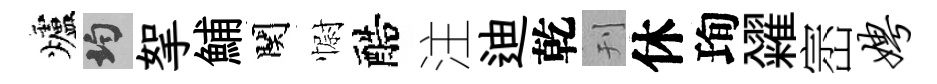
爐均挐鯆関𢠢醅注迪乾刊休珣糴崈娉